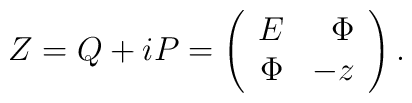
Z=Q+iP=\left(\begin{array}{crc}E&\Phi\\\Phi&-z\\\end{array}\right).